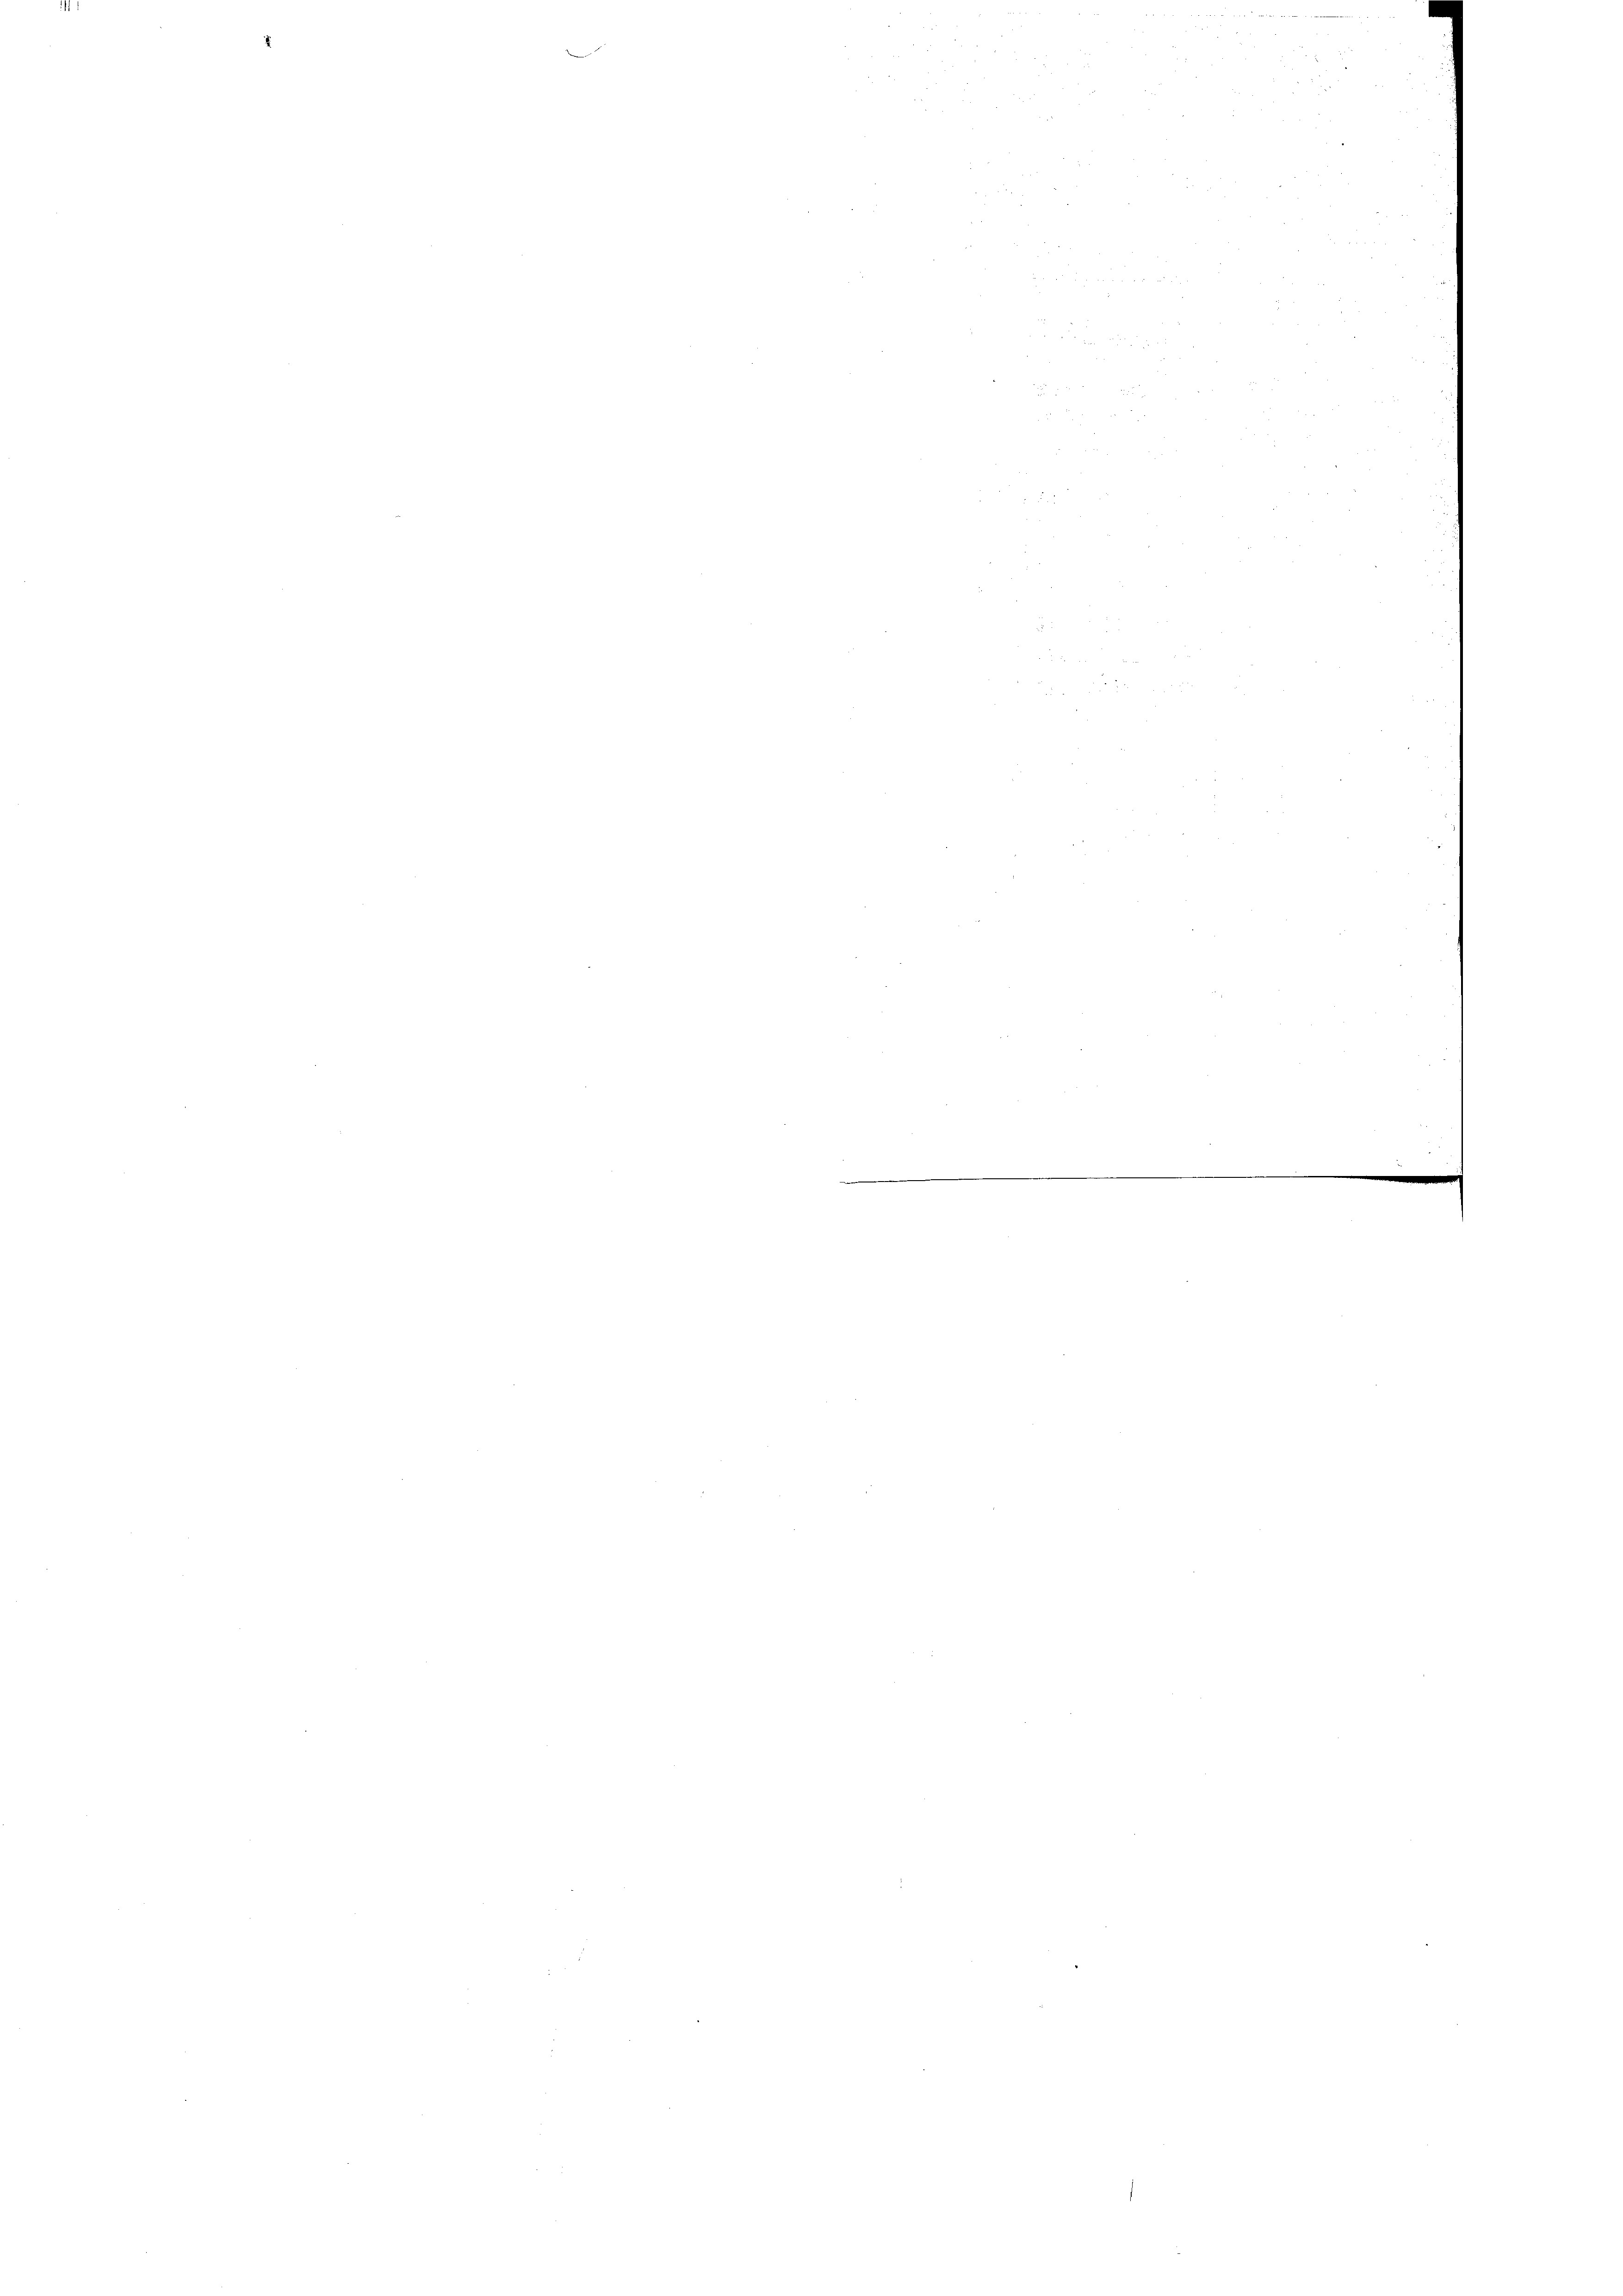
d